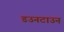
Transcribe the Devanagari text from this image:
डउनटाउन